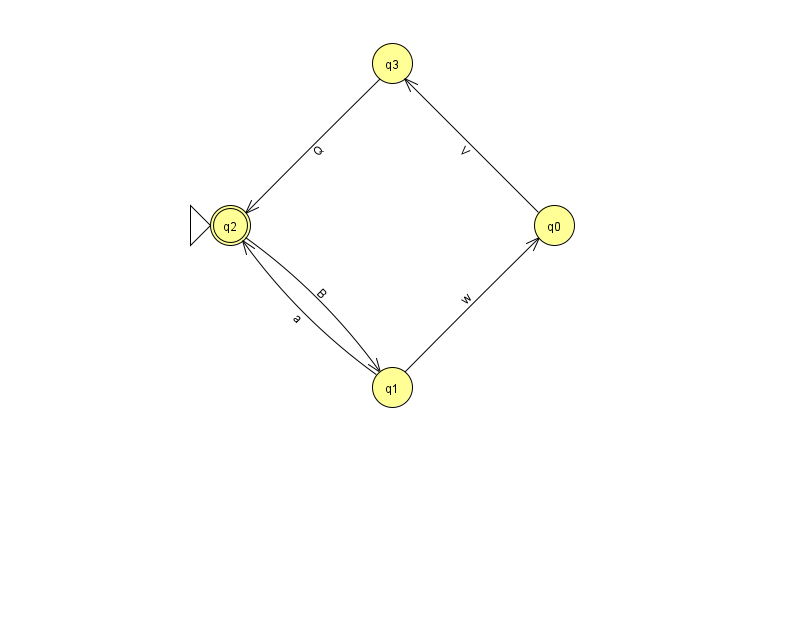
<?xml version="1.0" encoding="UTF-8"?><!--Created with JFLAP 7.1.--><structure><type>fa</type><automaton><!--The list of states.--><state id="0" name="q0"><x>554.0</x><y>212.0</y></state><state id="1" name="q1"><x>392.0</x><y>374.0</y></state><state id="2" name="q2"><x>230.0</x><y>212.0</y><initial/><final/></state><state id="3" name="q3"><x>392.0</x><y>50.0</y></state><!--The list of transitions.--><transition><from>0</from><to>3</to><read>V</read></transition><transition><from>1</from><to>0</to><read>w</read></transition><transition><from>3</from><to>2</to><read>Q</read></transition><transition><from>2</from><to>1</to><read>B</read></transition><transition><from>1</from><to>2</to><read>a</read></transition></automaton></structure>